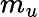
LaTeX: m_{u}